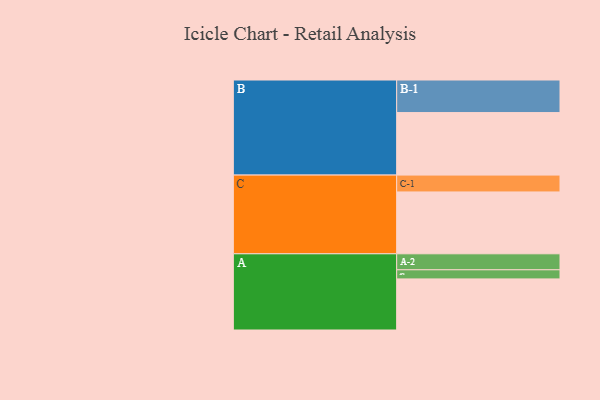
{"axis": {"x": "Segment", "y": "Value"}, "legend": ["", "A", "B", "C"], "data": [{"x": "A", "y": 403, "type": ""}, {"x": "B", "y": 493, "type": ""}, {"x": "C", "y": 488, "type": ""}, {"x": "A-1", "y": 72, "type": "A"}, {"x": "A-2", "y": 126, "type": "A"}, {"x": "B-1", "y": 257, "type": "B"}, {"x": "C-1", "y": 133, "type": "C"}]}